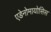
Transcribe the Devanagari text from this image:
एडेनोमायोसिस